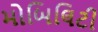
મોબિલિટી